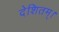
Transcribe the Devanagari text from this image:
देशितम्।